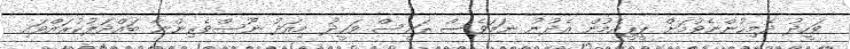
ވަހީދު ދެމިހުންނެވުމަށް ޕީޕީއެމުން އެދުނު ނަމަވެސް ރައީސް ވަހީދު މިއަދު ނޫސްވެރިންނާ ބައްދަލުކުރައްވައި